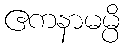
ဧကနာမမ္ပိ